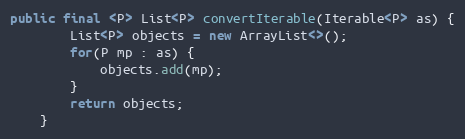
Language: Java
public final <P> List<P> convertIterable(Iterable<P> as) {
        List<P> objects = new ArrayList<>();
        for(P mp : as) {
            objects.add(mp);
        }
        return objects;
    }